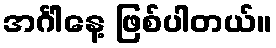
အင်္ဂါနေ့ ဖြစ်ပါတယ်။